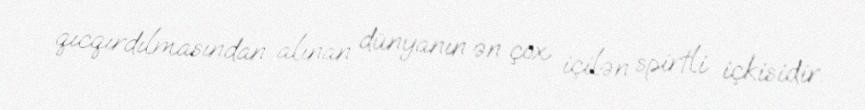
qıcqırdılmasından alınan dünyanın ən çox içilən spirtli içkisidir.